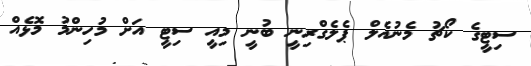
ސިޓީގެ ކޯޗު މެނުއެލް ޕެލެގްރިނީ ބުނީ މިއީ ސިޓީ އަށް މުހިންމު މޮޅެއް